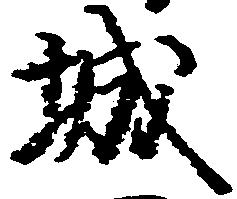
城